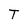
Character: T